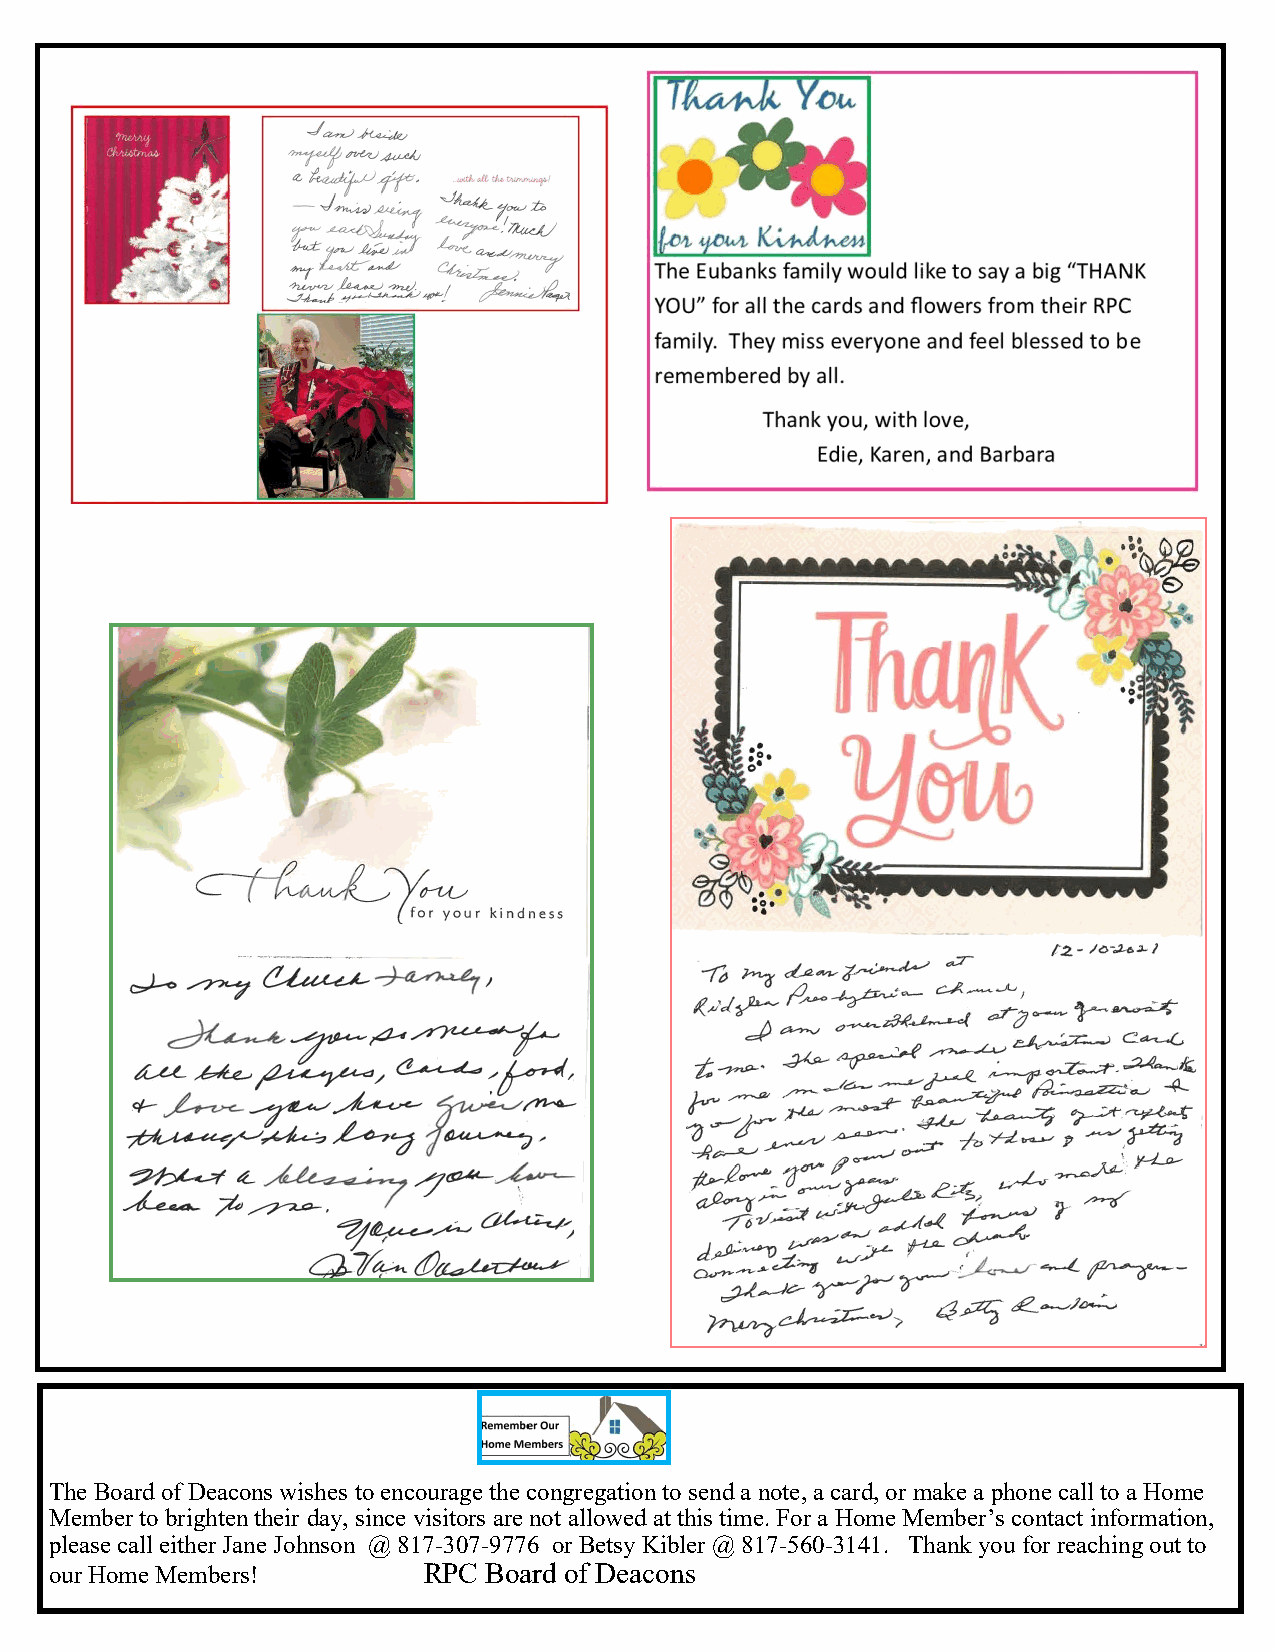
The Board of Deacons wishes to encourage the congregation to send a note, a card, or make a phone call to a Home
 Member to brighten their day, since visitors are not allowed at this time. For a Home Member’s contact information,
 please call either Jane Johnson @ 817-307-9776 or Betsy Kibler @ 817-560-3141. Thank you for reaching out to
 our Home Members!        RPC Board of Deacons
 4